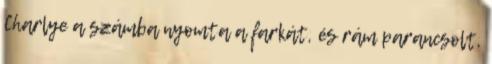
Charlye a számba nyomta a farkát, és rám parancsolt,